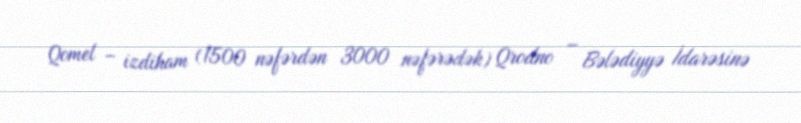
Qomel – izdiham (1500 nəfərdən 3000 nəfərədək) Qrodno – Bələdiyyə İdarəsinə